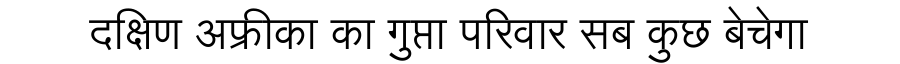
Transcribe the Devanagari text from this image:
दक्षिण अफ्रीका का गुप्ता परिवार सब कुछ बेचेगा